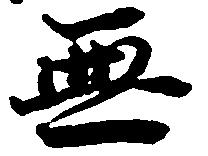
無